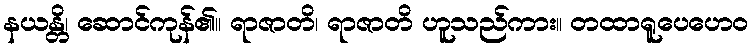
နယန္တိ၊ ဆောင်ကုန်၏။ ရာဇာတိ၊ ရာဇာတိ ဟူသည်ကား။ တထာရူပေဟေဝ